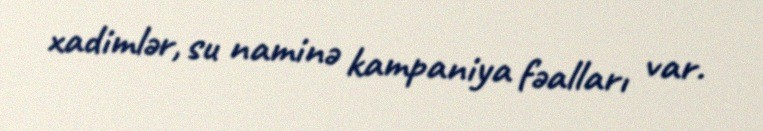
xadimlər, su naminə kampaniya fəalları var.